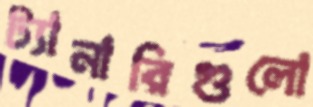
ট্যানারিগুলো